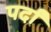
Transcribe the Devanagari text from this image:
पर्दां